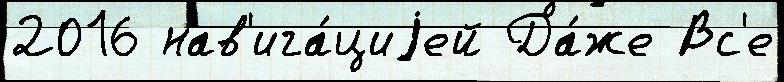
2016 нав'ига́циjей Да́же Вс'е